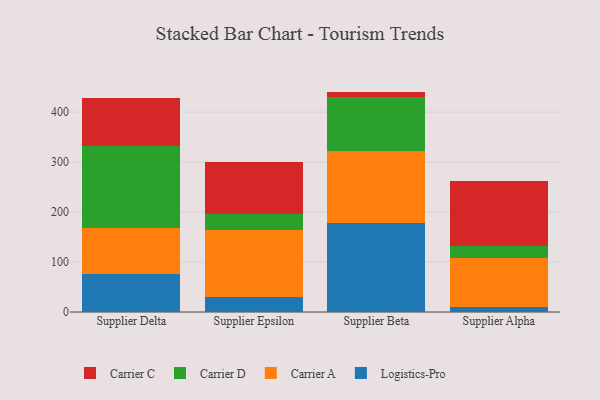
{"axis": {"x": "Supplier", "y": "Latency (ms)"}, "legend": ["Carrier A", "Carrier C", "Carrier D", "Logistics-Pro"], "data": [{"x": "Supplier Delta", "y": 75.7, "type": "Logistics-Pro"}, {"x": "Supplier Delta", "y": 93.0, "type": "Carrier A"}, {"x": "Supplier Delta", "y": 164.0, "type": "Carrier D"}, {"x": "Supplier Delta", "y": 95.3, "type": "Carrier C"}, {"x": "Supplier Epsilon", "y": 29.8, "type": "Logistics-Pro"}, {"x": "Supplier Epsilon", "y": 133.5, "type": "Carrier A"}, {"x": "Supplier Epsilon", "y": 33.7, "type": "Carrier D"}, {"x": "Supplier Epsilon", "y": 103.0, "type": "Carrier C"}, {"x": "Supplier Beta", "y": 177.3, "type": "Logistics-Pro"}, {"x": "Supplier Beta", "y": 144.7, "type": "Carrier A"}, {"x": "Supplier Beta", "y": 108.7, "type": "Carrier D"}, {"x": "Supplier Beta", "y": 10.4, "type": "Carrier C"}, {"x": "Supplier Alpha", "y": 10.4, "type": "Logistics-Pro"}, {"x": "Supplier Alpha", "y": 97.3, "type": "Carrier A"}, {"x": "Supplier Alpha", "y": 23.4, "type": "Carrier D"}, {"x": "Supplier Alpha", "y": 131.5, "type": "Carrier C"}]}